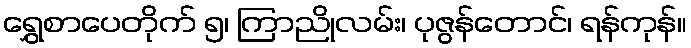
ရွှေစာပေတိုက် ၅၊ ကြာညိုလမ်း၊ ပုဇွန်တောင်၊ ရန်ကုန်။